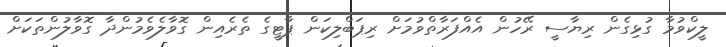
ލީކްވުމާ ގުޅިގެން ރިޔާސީ ރޭހުން އެއްފަރާތްވުމަށް ރިޕަބްލިކަން ޕާޓީގެ ތެރެއިން ގޮވާލެވެމުންދާ ގޮވާލުންތަކަށް